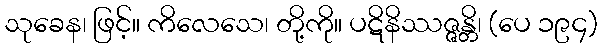
သုခေန၊ ဖြင့်။ ကိလေသေ၊ တို့ကို။ ပဋိနိဿဇ္ဇန္တိ၊ (ပေ ၁၉၄)